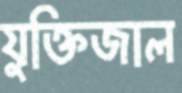
যুক্তিজাল